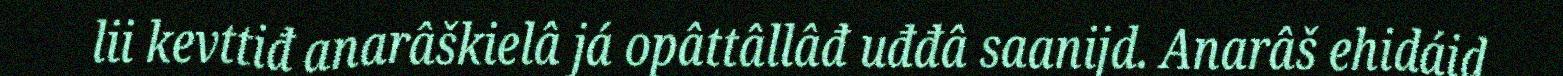
lii kevttiđ anarâškielâ já opâttâllâđ uđđâ saanijd. Anarâš ehidáid